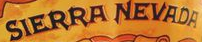
SIERRA NEVADA